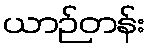
ယာဉ်တန်း